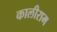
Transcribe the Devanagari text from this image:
कालीराम